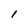
Character: 1